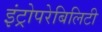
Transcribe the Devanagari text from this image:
इंट्रोपरेबिलिटी